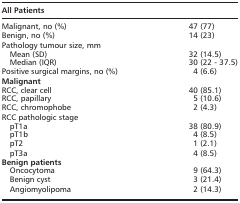
| <COLSPAN=2> All Patients |
 | --- | --- |
 | Malignant, no (%) | 47 (77) |
 | Benign, no (%) | 14 (23) |
 | <COLSPAN=2> Pathology tumour size, mm |
 | Mean (SD) | 32 (14.5) |
 | Median (IQR) | 30 (22 ‐ 37.5) |
 | Positive surgical margins, no (%) | 4 (6.6) |
 | <COLSPAN=2> Malignant |
 | RCC, clear cell | 40 (85.1) |
 | RCC, papillary | 5 (10.6) |
 | RCC, chromophobe | 2 (4.3) |
 | <COLSPAN=2> RCC pathologic stage |
 | pT1a | 38 (80.9) |
 | pT1b | 4 (8.5) |
 | pT2 | 1 (2.1) |
 | pT3a | 4 (8.5) |
 | Benign patients |  |
 | Oncocytoma | 9 (64.3) |
 | Benign cyst | 3 (21.4) |
 | Angiomyolipoma | 2 (14.3) |